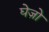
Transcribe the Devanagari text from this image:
घेज़ो